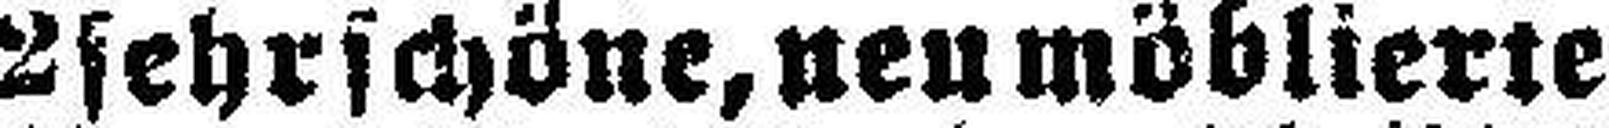
2 sehrschöne, neu möblierte